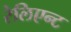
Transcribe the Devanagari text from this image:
रेलिएन्ट